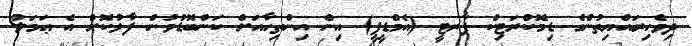
ދިވެހިރައްޔިތުންގެ ޑިމޮކްރަޓިކް ޕާރޓީ (އެމްޑީޕީ) އިން އިންތިހާއަށް ކަންބޮޑުވުން ފާޅުކޮށް އެ ޢަމަލު